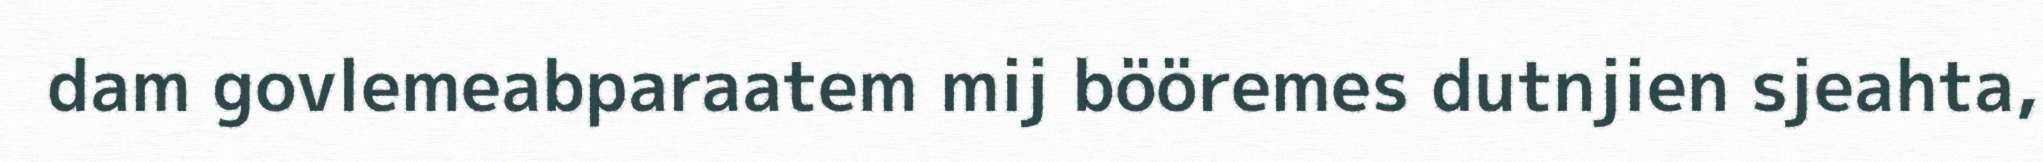
dam govlemeabparaatem mij bööremes dutnjien sjeahta,